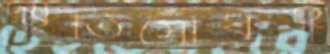
স্মৃতিসৌধই